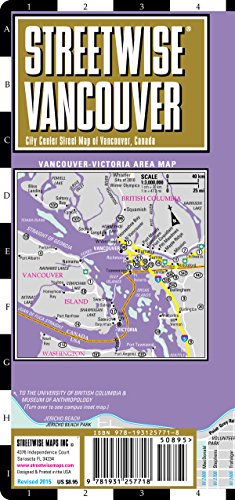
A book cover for Streetwise Vancouver Map - Laminated City Center Street Map of Vancouver, Canada; Streetwise Maps Inc.; Travel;